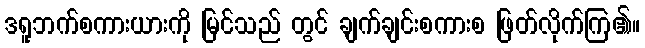
ဒရူဘက်စကားယားကို မြင်သည် တွင် ချက်ချင်းစကားစ ဖြတ်လိုက်ကြ၏။